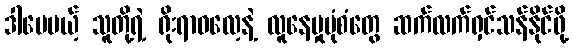
ဒါပေမယ့် သူတို့ရဲ့ ရိုးရာဓလေ့နဲ့ လူနေမှုပုံစံတွေ ဆက်လက်ရှင်သန်နိုင်ဖို့